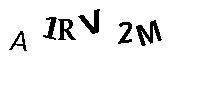
A1RV2M